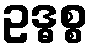
ဥဒ္ဓစ္စ